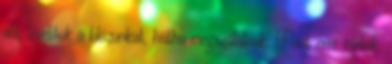
alá, levettük a blúzunkat, hátha megszólalnak. Pont erre vártak.